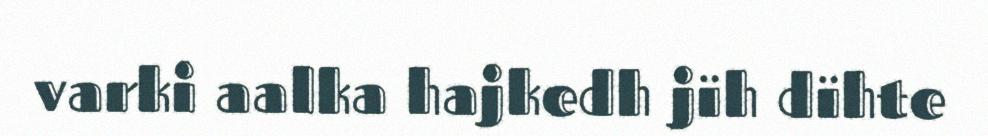
varki aalka hajkedh jïh dïhte